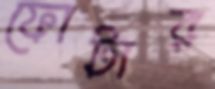
ফোটার